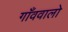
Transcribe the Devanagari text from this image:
गाँववालो